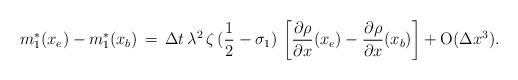
LaTeX: \begin{align*} m_{1}^{*}(x_{e})-m_{1}^{*}(x_{b}) \,=\, \Delta t \, \lambda^{2} \, \zeta \, (\frac{1}{2}-\sigma_{1}) \, \left[ \frac{\partial \rho}{\partial x}(x_{e})-\frac{\partial \rho}{\partial x} (x_{b}) \right] +{\rm{O}} (\Delta x^{3}) .\end{align*}